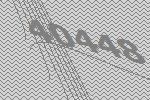
40448